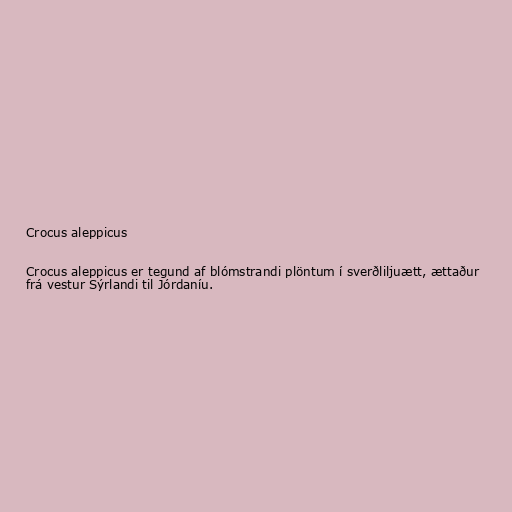
Crocus aleppicus

Crocus aleppicus er tegund af blómstrandi plöntum í sverðliljuætt, ættaður
frá vestur Sýrlandi til Jórdaníu.